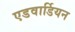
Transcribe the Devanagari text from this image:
एडवार्डियन